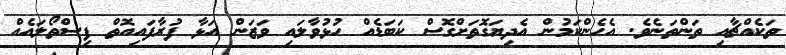
ތަކެއްޗާއި ތަންތަނެވެ. އެހެންކަމުން އެދިޔަގޮތަށްގޮސް ކަބަޑެއް ހުޅުވާލައި ވަޒަން އަޅާ ފުރާފައިއޮތް ފިސްތޯލައެއް